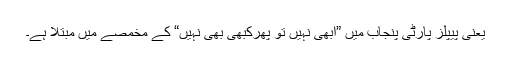
یعنی پیپلز پارٹی پنجاب میں ”ابھی نہیں تو پھرکبھی بھی نہیں“ کے مخمصے میں مبتلا ہے۔